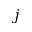
j